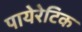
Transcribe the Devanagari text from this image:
पायेरेटिक